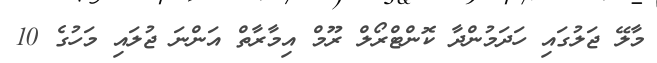
މާލޭ ޖަލުގައި ހަދަމުންދާ ކޮންޓްރޯލް ރޫމް އިމާރާތް އަންނަ ޖުލައި މަހުގެ 10